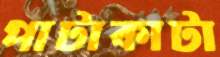
পাটাকাটা